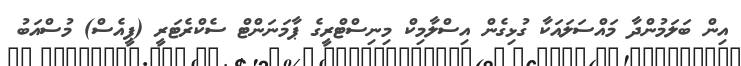
އިން ބަލަމުންދާ މައްސަލައަކާ ގުޅިގެން އިސްލާމިކް މިނިސްޓްރީގެ ޕާމަނަންޓް ސެކްރެޓަރީ (ޕީއެސް) މުސްއަބު